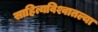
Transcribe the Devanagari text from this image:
साहित्यविश्वातल्या